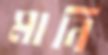
মানি